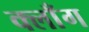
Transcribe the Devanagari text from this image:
क्लाँग